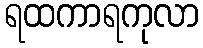
ရထကာရကုလာ